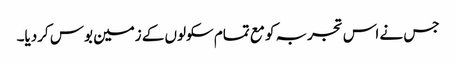
جس نے اس تجربہ کو مع تمام سکولوں کے زمین بوس کردیا۔